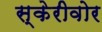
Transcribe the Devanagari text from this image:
स्केरीवोर